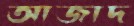
আজাদ